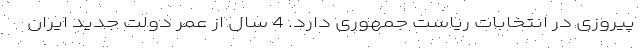
پیروزی در انتخابات ریاست جمهوری دارد. 4 سال از عمر دولت جدید ایران